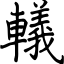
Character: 轙